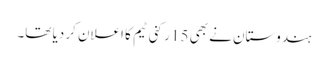
ہندوستان نے بھی 15 رکنی ٹیم کا اعلان کر دیا تھا۔